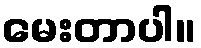
မေးတာပါ။